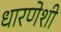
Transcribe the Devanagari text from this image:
धारणेशी